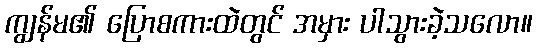
ကျွန်မ၏ ပြောစကားထဲတွင် အမှား ပါသွားခဲ့သလော။